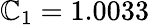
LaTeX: \mathbb{C}_{1}=1.0033